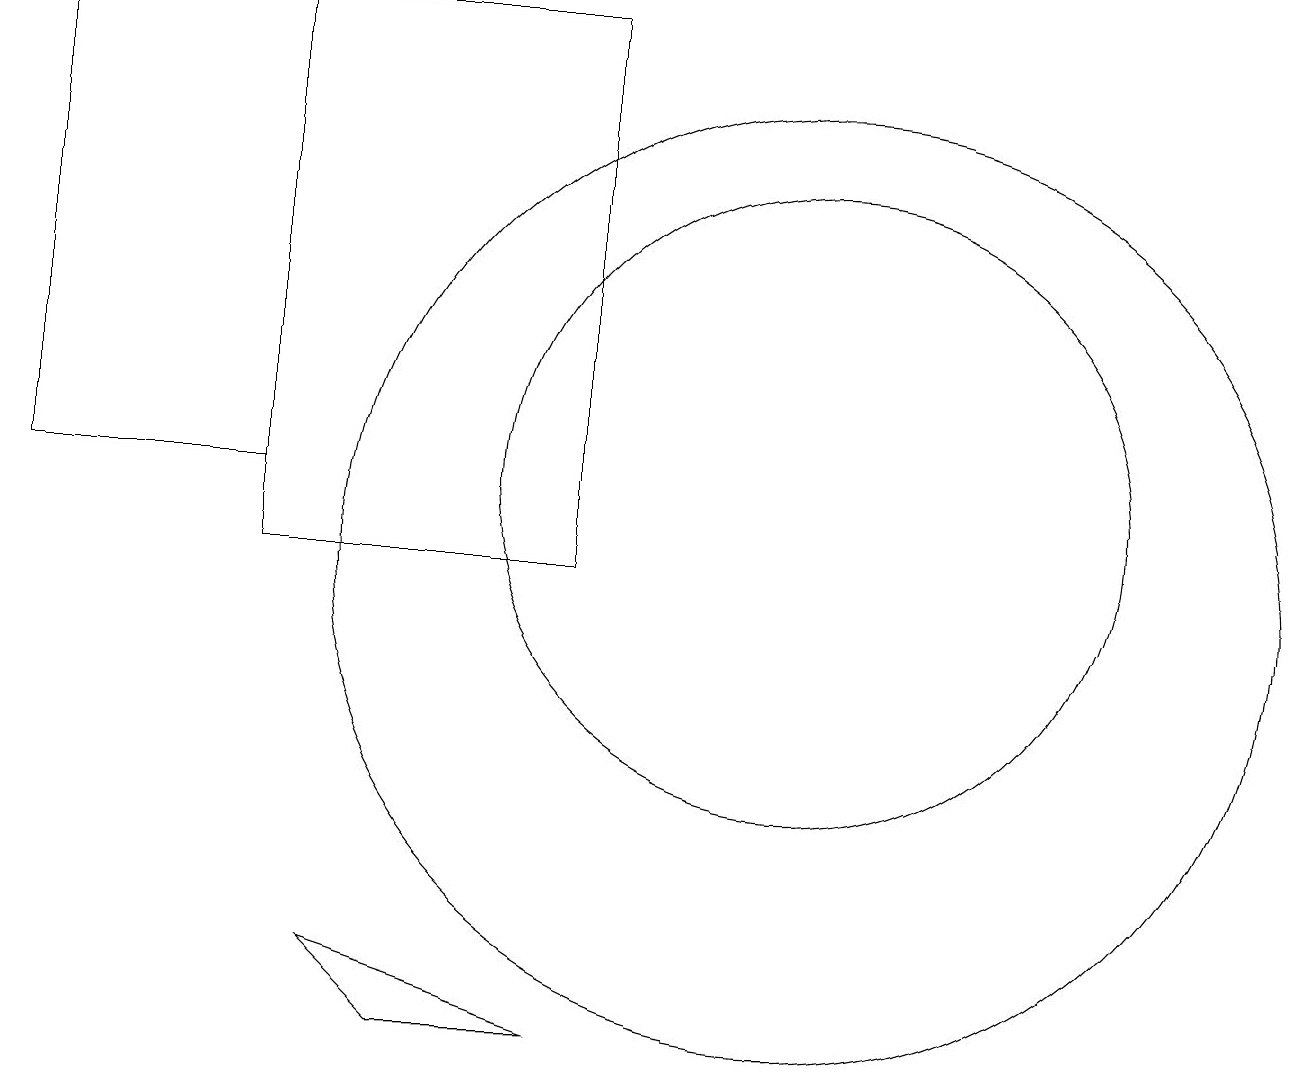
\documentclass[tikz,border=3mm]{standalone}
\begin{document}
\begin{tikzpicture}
\draw (10,10) circle (6);
\draw (7,4) -- (5,4) -- (4,5) -- cycle;
\draw (10,11) circle (4);
\draw (7,17) rectangle (3,10);
\draw (3,17) rectangle (0,11);
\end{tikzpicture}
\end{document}